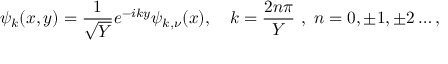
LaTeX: \psi _ { k } ( x , y ) = \frac { 1 } { \sqrt { Y } } e ^ { - i k y } \psi _ { k , \nu } ( x ) , \quad k = \frac { 2 n \pi } { Y } ~ , ~ n = 0 , \pm 1 , \pm 2 \dots ,